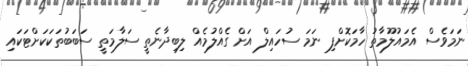
ނަމަވެސް އެމައުލޫމާތު ހާމަކޮށްފި ނަމަ ސުހައިލް އަށް ގެއްލުމެއް ލިބިދާނެތީ ސަލާމަތީ ސަބަބުތަކަކަށްޓަކައި